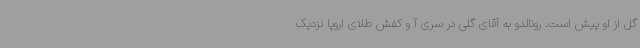
گل از او پیش است. رونالدو به آقای گلی در سری آ و کفش طلای اروپا نزدیک